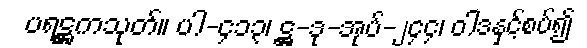
ပရဋ္ဌကသုတ်။ ပါ-၄၁၃၊ ဋ္ဌ-ဒု-အုပ်-၂၄၄၊ ဝါဒနှင့်စပ်၍